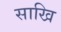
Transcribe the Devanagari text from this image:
साखि